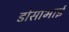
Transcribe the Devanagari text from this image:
डोसाभाई